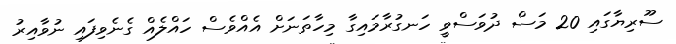
ސޫރިޔާގައި 20 މަސް ދުވަސްވީ ހަނގުރާމައިގާ މިހާތަނަށް އެއްވެސް ހައްލެއް ގެނެވިފައި ނުވާއިރު